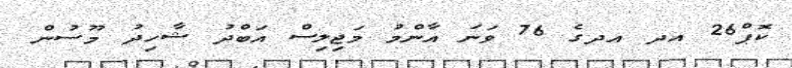
ކޮޕް26 އދ އދގެ 76 ވަނަ އާންމު މަޖިލިސް އަބްދު ޝާހިދު މޫސުން